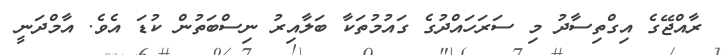
ރާއްޖޭގެ އިގްތިސާދު މި ސަރަހައްދުގެ ގައުމުތަކާ ބަލާއިރު ނިސްބަތުން ކުޑަ އެވެ. އާމްދަނީ